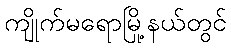
ကျိုက်မရောမြို့နယ်တွင်